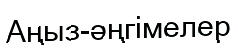
Аңыз-әңгімелер